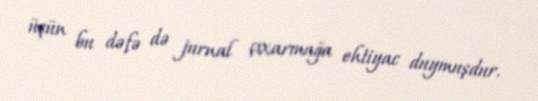
üçün bu dəfə də jurnal çıxarmağa ehtiyac duymuşdur.